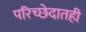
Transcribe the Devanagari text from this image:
परिच्छेदातही